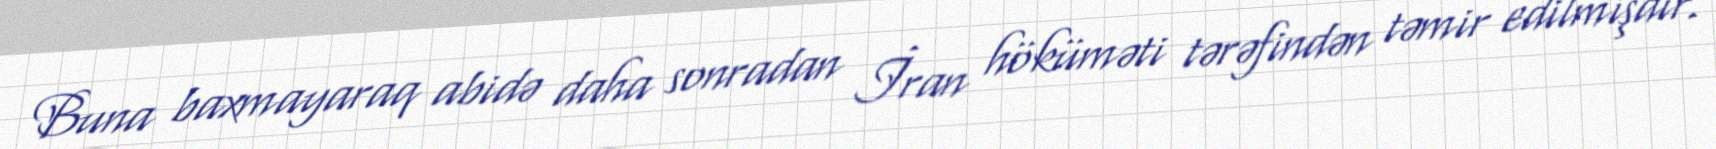
Buna baxmayaraq abidə daha sonradan İran höküməti tərəfindən təmir edilmişdir.